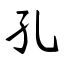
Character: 孔